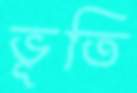
ভূতি